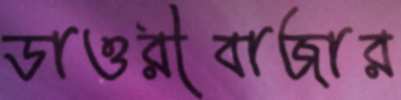
ডাওরীবাজার